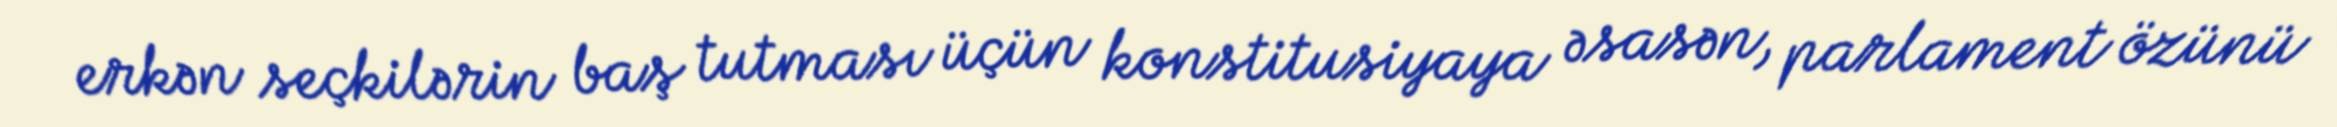
erkən seçkilərin baş tutması üçün konstitusiyaya əsasən, parlament özünü